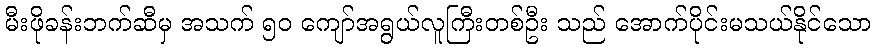
မီးဖိုခန်းဘက်ဆီမှ အသက် ၅၀ ကျော်အရွယ်လူကြီးတစ်ဦး သည် အောက်ပိုင်းမသယ်နိုင်သော